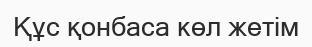
Құс қонбаса көл жетім